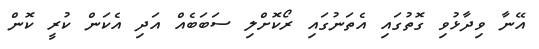
އޭނާ ވިދާޅުވި ގޮތުގައި އެތަނުގައި ރޯކޮށްލި ސަބަބެއް އަދި އެކަން ކުރީ ކޮން